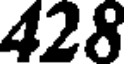
428